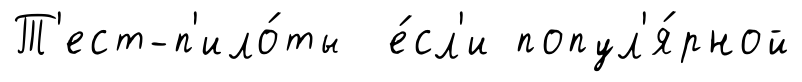
Т'ест-п'ило́ты е́сл'и попул'я́рной